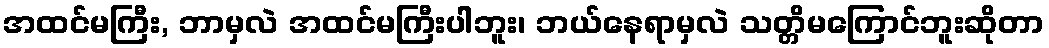
အထင်မကြီး, ဘာမှလဲ အထင်မကြီးပါဘူး၊ ဘယ်နေရာမှလဲ သတ္တိမကြောင်ဘူးဆိုတာ